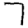
Digit: 7